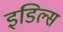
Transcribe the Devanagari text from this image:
इडिल्स